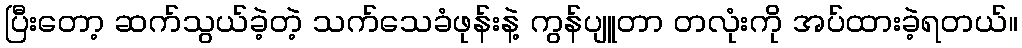
ပြီးတော့ ဆက်သွယ်ခဲ့တဲ့ သက်သေခံဖုန်းနဲ့ ကွန်ပျူတာ တလုံးကို အပ်ထားခဲ့ရတယ်။